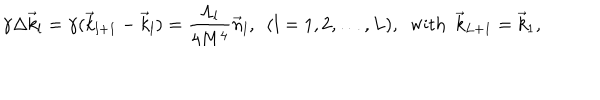
LaTeX: \gamma \Delta \vec { k } _ { l } = \gamma ( \vec { k } _ { l + 1 } - \vec { k } _ { l } ) = \frac { \Lambda _ { l } } { 4 M ^ { 4 } } \vec { n } _ { l } , \, \, \, ( l = 1 , 2 , \dots , L ) , \, \, \, \mathrm { w i t h } \, \, \, \vec { k } _ { L + 1 } = \vec { k } _ { 1 } ,